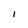
Character: I